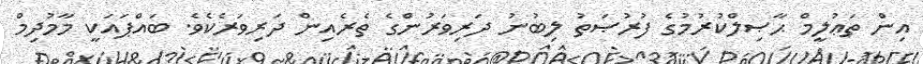
އިން ތަޢުލީމް ޙާޞިލްކުރުމުގެ ފުރުޞަތު ލިބުނު ދަރިވަރުންގެ ތެރެއިން ދަރިވަރެކެވެ. ބައްޕައަކީ މާމުދިމް